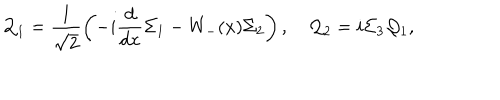
LaTeX: { \cal Q } _ { 1 } = \frac { 1 } { \sqrt { 2 } } \left( - i \frac { d } { d x } { \Sigma _ { 1 } } - W _ { - } ( x ) \Sigma _ { 2 } \right) , \quad { \cal Q } _ { 2 } = i \Sigma _ { 3 } { \cal Q } _ { 1 } ,